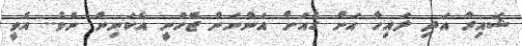
ޝައިރާ އަދި ލައިހާ އަށް ގެއަށް އަންނަން ޖެހުނީ އެކަނިން ނެވެ.. އެވީ